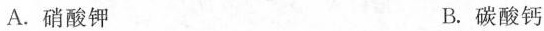
A.硝酸钾 B.碳酸钙